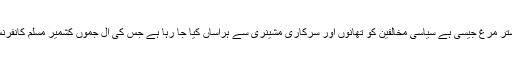
غلام قادر کی ذہنیت شتر مرغ جیسی ہے سیاسی مخالفین کو تھانوں اور سرکاری مشینری سے ہراساں کیا جا رہا ہے جس کی آل جموں کشمیر مسلم کانفرنس مذمت کر تی ہے ۔